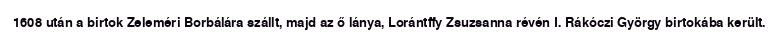
1608 után a birtok Zeleméri Borbálára szállt, majd az ő lánya, Lorántffy Zsuzsanna révén I. Rákóczi György birtokába került.